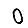
Digit: 0